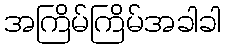
အကြိမ်ကြိမ်အခါခါ